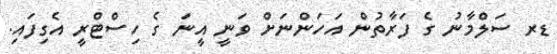
ޑރ ސަލްމާނު ގެ ފަރާތުން އަހަންނަށް ވަނީ އީނަ ގެ ހިސްޓްރީ އެގިފައި.